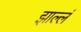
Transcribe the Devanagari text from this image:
झाल्लं